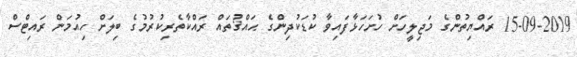
15-09-2019 ރައްޔިތުންގެ މަޖިލީހަށް ހުށަހަޅާފައިވާ ކުޑަކުދިންގެ ޙައްޤުތައް ރައްކާތެރިކުރުމުގެ ބިލަށް ހިއުމަން ރައިޓްސް